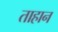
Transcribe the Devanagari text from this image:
ताहान